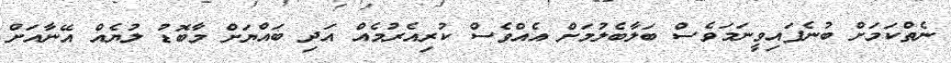
ނެތްކަމަށް ބުނެފައިވީނަމަވެސް ބަލާބެލުމަށް އެއްވެސް ކުރިއެރުމެއް އަދި ބައްޔަށް މާބޮޑު ލުޔެއް އޭނާއަށް